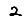
Digit: 2